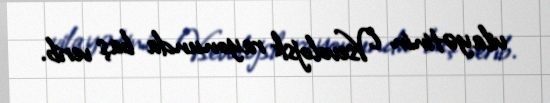
vilayətinin Vsevolojsk rayonunda baş verib.